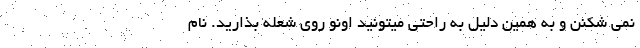
نمی شکنن و به همین دلیل به راحتی میتونید اونو روی شعله بذارید. نام